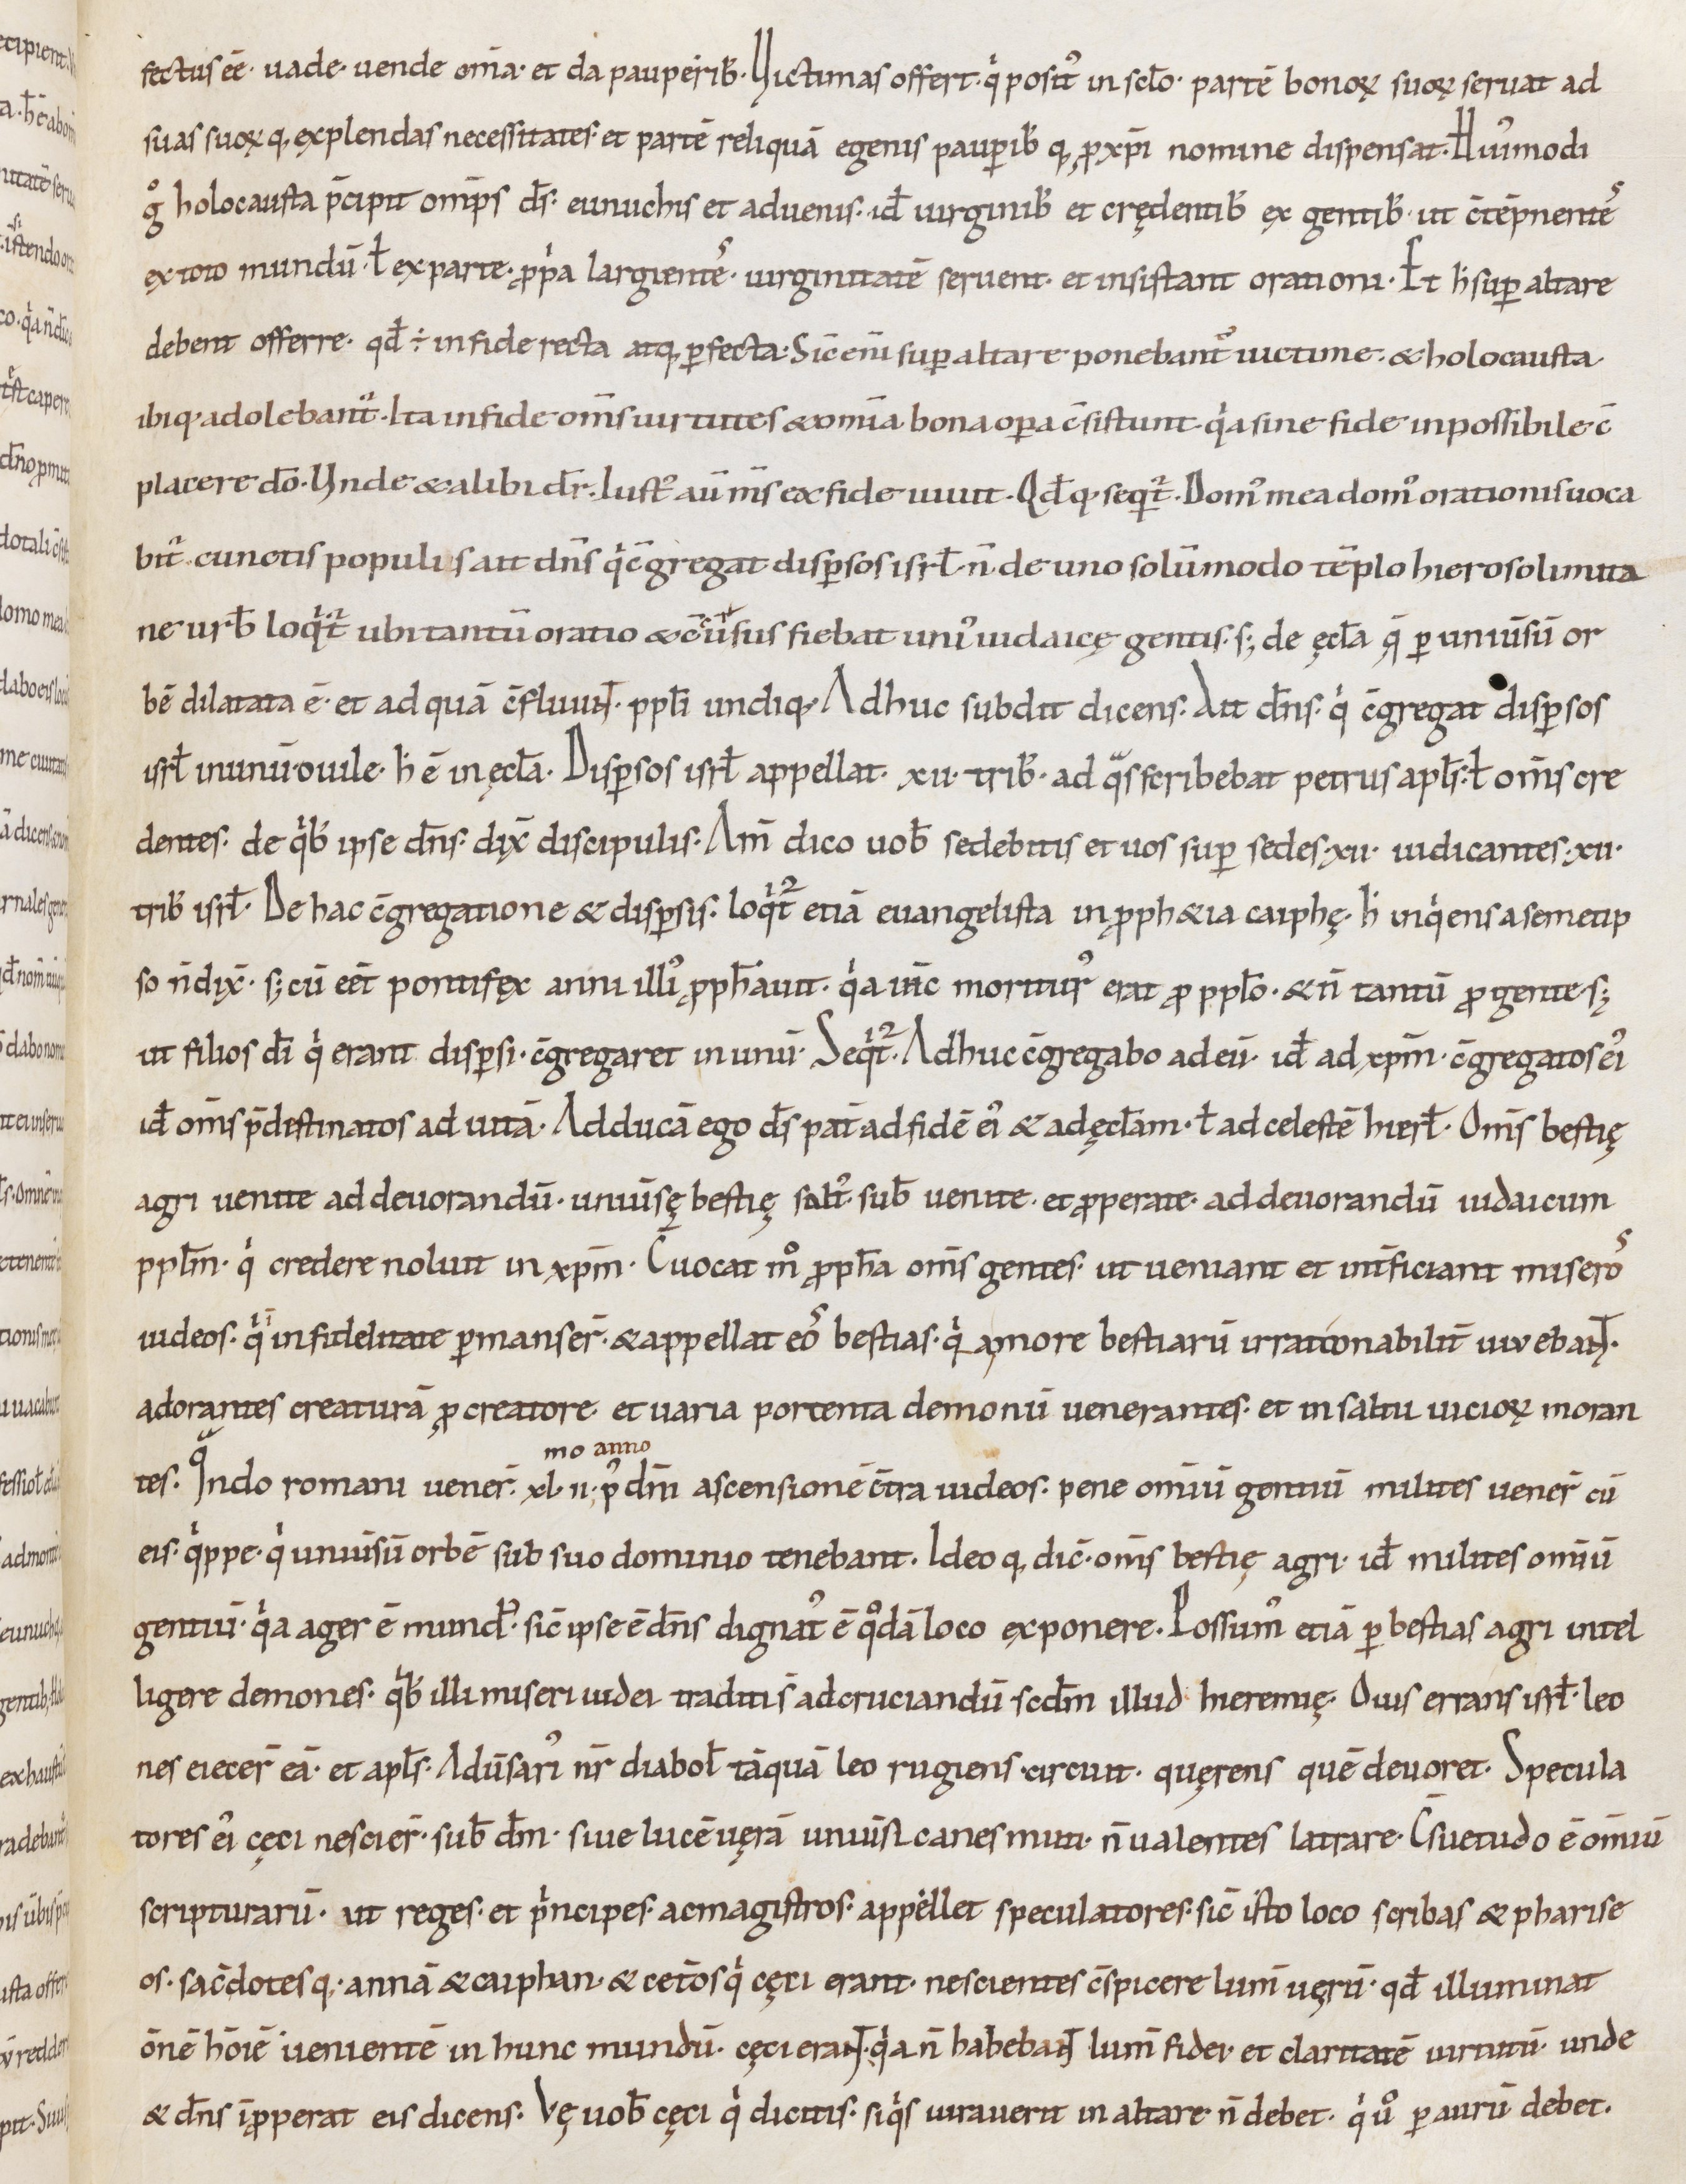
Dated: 1000–1099